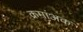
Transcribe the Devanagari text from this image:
क्रमांअक